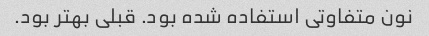
نون متفاوتی استفاده شده بود. قبلی بهتر بود.